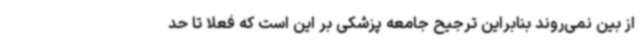
از بین نمی‌روند بنابراین ترجیح جامعه پزشکی بر این است که فعلا تا حد